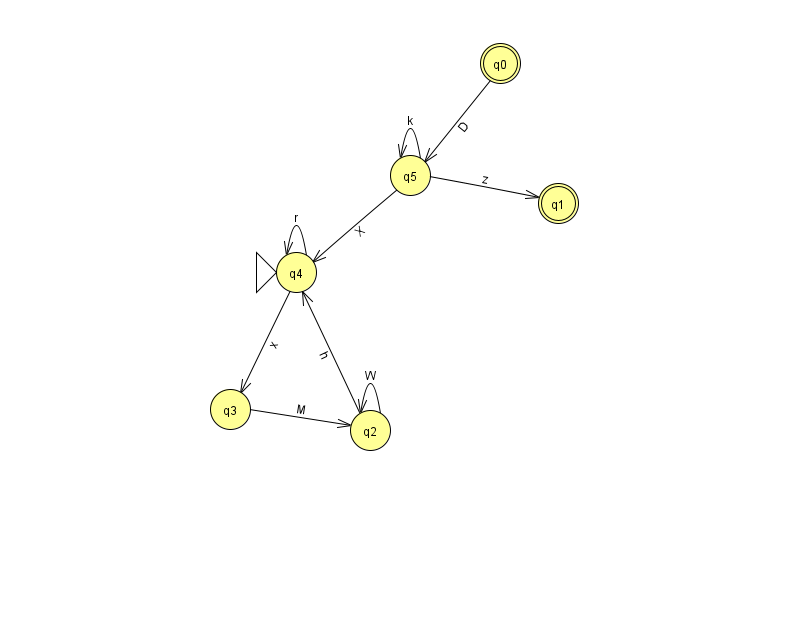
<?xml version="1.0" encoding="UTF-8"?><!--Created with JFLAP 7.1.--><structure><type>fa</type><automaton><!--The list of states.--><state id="0" name="q0"><x>500.0</x><y>50.0</y><final/></state><state id="1" name="q1"><x>558.0</x><y>190.0</y><final/></state><state id="2" name="q2"><x>370.0</x><y>417.0</y></state><state id="3" name="q3"><x>230.0</x><y>396.0</y></state><state id="4" name="q4"><x>296.0</x><y>259.0</y><initial/></state><state id="5" name="q5"><x>410.0</x><y>162.0</y></state><!--The list of transitions.--><transition><from>5</from><to>1</to><read>z</read></transition><transition><from>4</from><to>4</to><read>r</read></transition><transition><from>0</from><to>5</to><read>D</read></transition><transition><from>5</from><to>4</to><read>X</read></transition><transition><from>2</from><to>2</to><read>W</read></transition><transition><from>3</from><to>2</to><read>M</read></transition><transition><from>4</from><to>3</to><read>x</read></transition><transition><from>5</from><to>5</to><read>k</read></transition><transition><from>2</from><to>4</to><read>h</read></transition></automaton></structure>